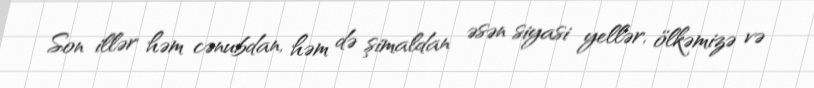
Son illər həm cənubdan, həm də şimaldan əsən siyasi yellər, ölkəmizə və